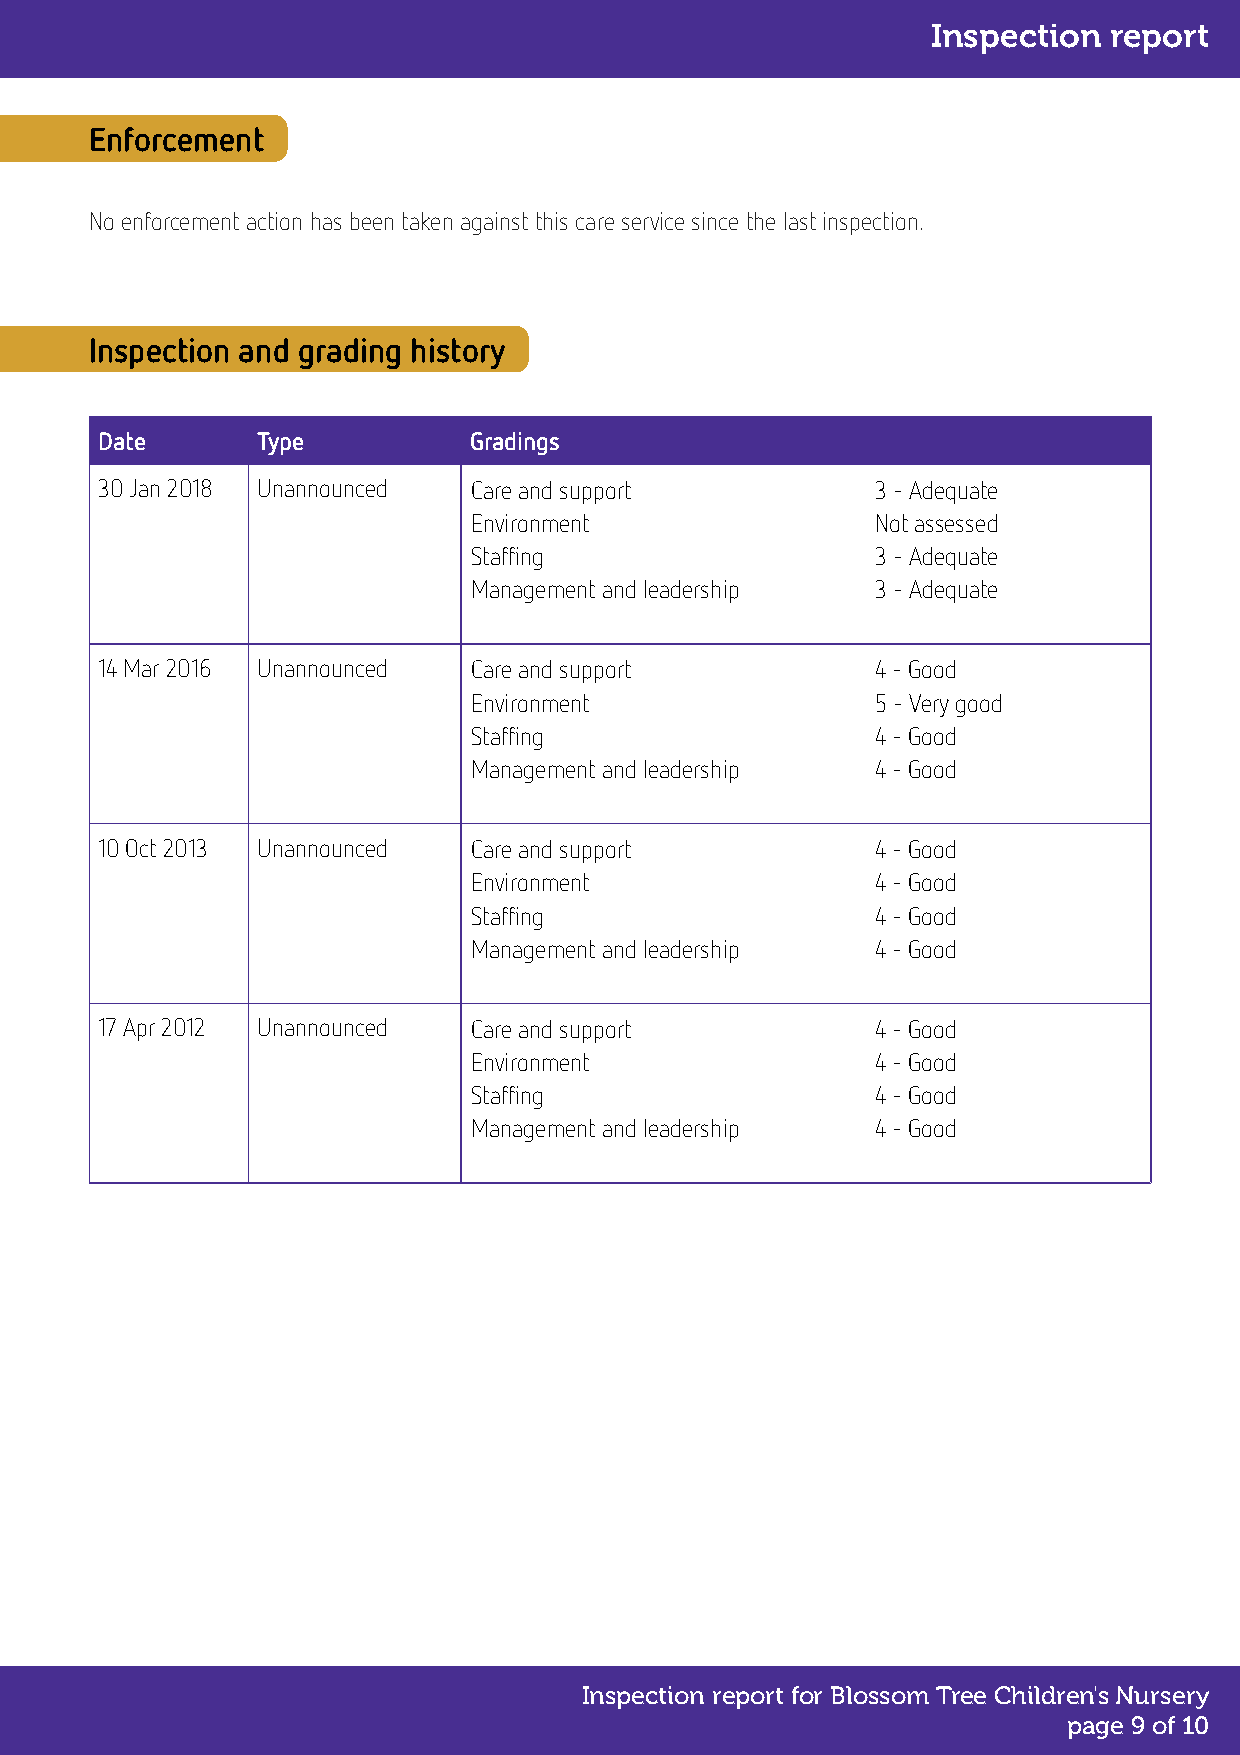
Inspection report
 Enforcement
 No enforcement action has been taken against this care service since the last inspection.
 Inspection and grading history
 Date       Type          Gradings
 30 Jan 2018 Unannounced  Care and support           3 - Adequate
 Environment                Not assessed
 Staffing                   3 - Adequate
 Management and leadership  3 - Adequate
 14 Mar 2016 Unannounced  Care and support           4 - Good
 Environment                5 - Very good
 Staffing                   4 - Good
 Management and leadership  4 - Good
 10 Oct 2013 Unannounced  Care and support           4 - Good
 Environment                4 - Good
 Staffing                   4 - Good
 Management and leadership  4 - Good
 17 Apr 2012 Unannounced  Care and support           4 - Good
 Environment                4 - Good
 Staffing                   4 - Good
 Management and leadership  4 - Good
 Inspection report for Blossom Tree Children's Nursery
 page 9 of 10